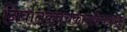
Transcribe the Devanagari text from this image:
निवातकवचकालकेयवधम्